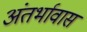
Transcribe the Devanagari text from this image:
अंतर्भावास